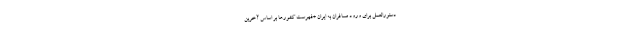
دستورالعمل برای ورود مسافران به ایران +فهرست کشورها ‌بر اساس آخرین